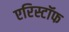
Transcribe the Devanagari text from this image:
एरिस्टॉफ